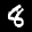
Label: 8